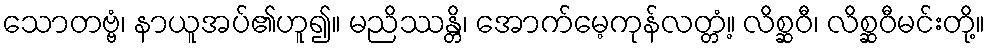
သောတဗ္ဗံ၊ နာယူအပ်၏ဟူ၍။ မညိဿန္တိ၊ အောက်မေ့ကုန်လတ္တံ့။ လိစ္ဆဝီ၊ လိစ္ဆဝီမင်းတို့။